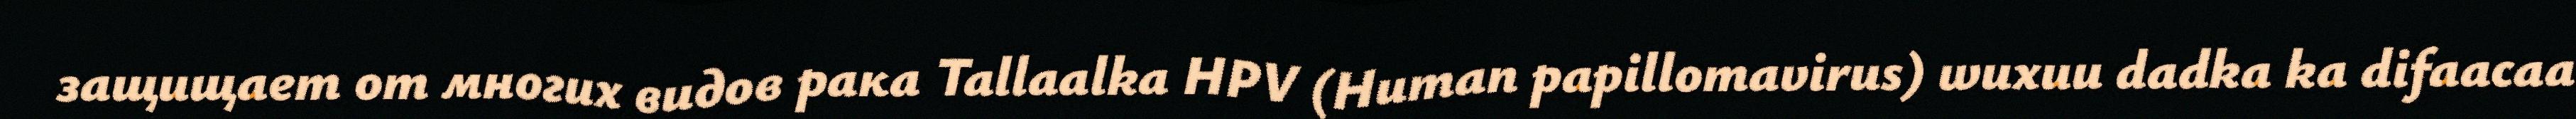
защищает от многих видов рака Tallaalka HPV (Human papillomavirus) wuxuu dadka ka difaacaa